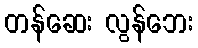
တန်ဆေး လွန်ဘေး